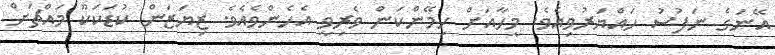
އޭނަގެ ނަފުސު ހައްޔަރުވިއެވެ. މީހާއަށް ހިމޭންކަން ވެރިވީ އެހެންވެއެވެ. ޒިޔަޒަން ކުޑަކަކޫ މައްޗަށް